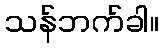
သန်ဘက်ခါ။